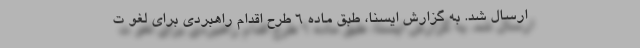
ارسال شد. به گزارش ایسنا، طبق ماده ۶ طرح اقدام راهبردی برای لغو ت